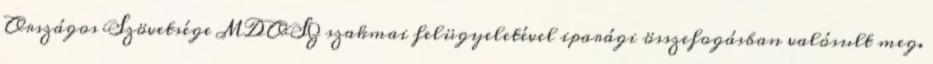
Országos Szövetsége MDOSZ szakmai felügyeletével iparági összefogásban valósult meg.